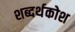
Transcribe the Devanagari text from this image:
शब्दर्थकोश